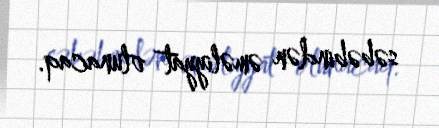
səbəbindən əməliyyat olunacaq.